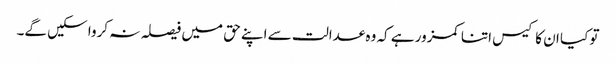
تو کیا ان کا کیس اتنا کمزور ہے کہ وہ عدالت سے اپنے حق میں فیصلہ نہ کروا سکیں گے۔